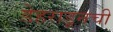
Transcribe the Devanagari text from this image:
डेहराडूनची